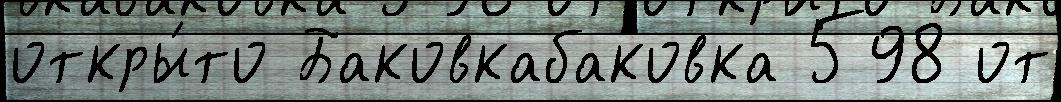
откры́то Баковкабаковка 598 от